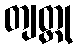
တျတ္ထု